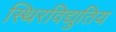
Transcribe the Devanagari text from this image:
स्थिरविद्युतिय